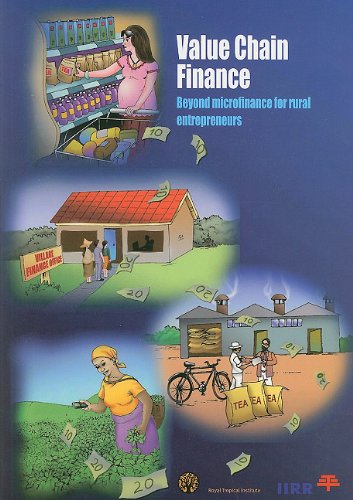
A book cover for Value Chain Finance: Beyond Microfinance for Rural Entrepreneurs; Royal Tropical Institute; Science & Math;